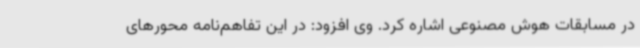
در مسابقات هوش مصنوعی‌ اشاره کرد. وی افزود: در این تفاهم‌نامه محورهای